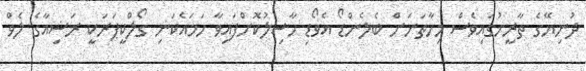
ދުނިޔޭގެ ތާރީޚުގައިވެސް މިހާތަނަށް ބެލެންޑޯ އެވޯޑި ހާސިލުކޮށްފައިވާ ހަމައެކަނި ގޯލްކީޕަރަކީ ރަޝިއާގެ ލެވް